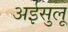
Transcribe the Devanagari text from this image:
अईसुलू